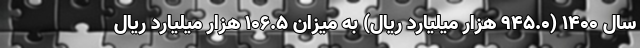
سال ۱۴۰۰ (۹۴۵.۰ هزار میلیارد ریال) به میزان ۱۰۶.۵ هزار میلیارد ریال